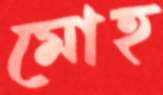
মোহ